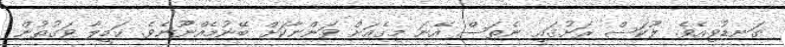
ގަނޑުވިއެވެ. ލޫކަސް ރަށުގައި ނެތަސް އޭނަ މިގެއަށް ވަންނާކަށް ބޭނުމެއްނޫނެވެ. ކަމީލާ ވަގުތުން